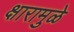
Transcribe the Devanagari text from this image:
क्षारामुळे